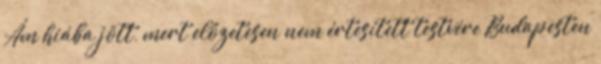
Ám hiába jött, mert előzetesen nem értesített testvére Budapesten